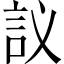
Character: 𲁤